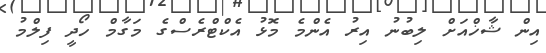
އިން ޝާޚްއަށް ލިބުނު އިރު އެންމެ މޮޅު އެކްޓްރެސްގެ މަގާމް ހޯދީ ފިލްމު